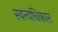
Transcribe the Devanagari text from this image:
स्वत्वधिकार